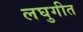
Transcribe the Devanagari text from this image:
लघुगीत